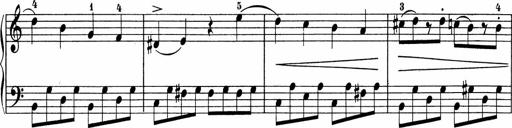
Title: 5 Sonatinen fÃ¼r die Jugend
Composer: Carl Reinecke